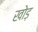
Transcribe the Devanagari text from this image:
खोड़